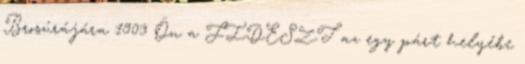
Brosúrájára 1903 Ön a FIDESZT az egy párt helyébe